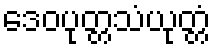
ဒေဝပုတ္တသံယုတ္တံ